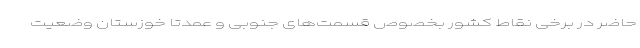
حاضر در برخی نقاط کشور بخصوص قسمت‌های جنوبی و عمدتا خوزستان وضعیت